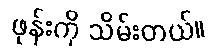
ဖုန်းကို သိမ်းတယ်။